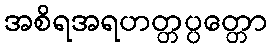
အစိရအရဟတ္တပ္ပတ္တော